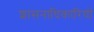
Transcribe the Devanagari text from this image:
शासनाधिकारियों